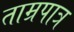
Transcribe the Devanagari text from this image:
ताम्रपात्र